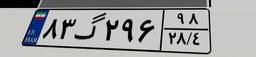
۸۳گ۲۹۶۹۸